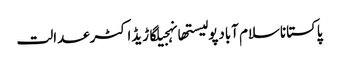
پاکستاناسلام آبادپولیستھانہجیلگاڑیڈاکٹرعدالت